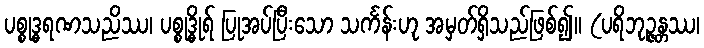
ပစ္စုဒ္ဓရဏသညိဿ၊ ပစ္စုဒ္ဓိုရ် ပြုအပ်ပြီးသော သင်္ကန်းဟု အမှတ်ရှိသည်ဖြစ်၍။ (ပရိဘုဉ္ဇန္တဿ၊